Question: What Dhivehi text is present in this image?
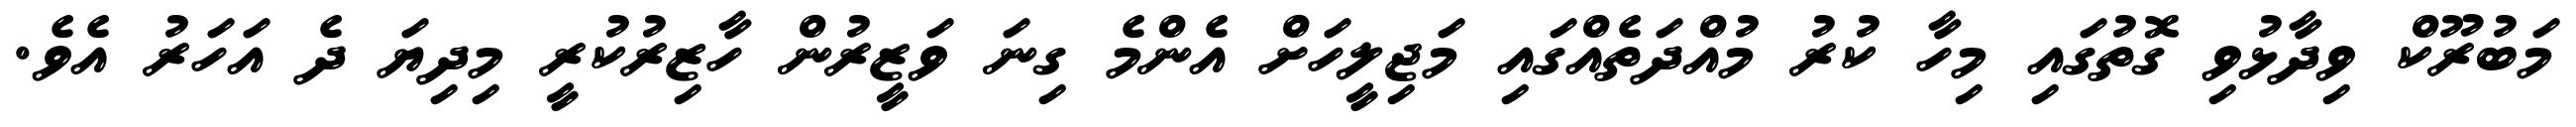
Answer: މަބުރޫކް ވިދާޅުވި ގޮތުގައި މިހާ ކުރު މުއްދަތެއްގައި މަޖިލީހަށް އެންމެ ގިނަ ވަޒީރުން ހާޒިރުކުރީ މިދިޔަ ދެ އަހަރު އެވެ.